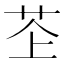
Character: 𫇳